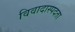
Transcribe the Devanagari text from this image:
विवादास्पदता